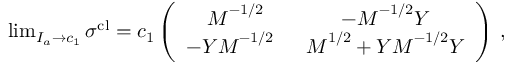
\begin{array} { r } { \operatorname* { l i m } _ { I _ { a } \to c _ { 1 } } \boldsymbol { \sigma } ^ { \mathrm { c l } } = c _ { 1 } \left( \begin{array} { c c } { \boldsymbol { M } ^ { - 1 / 2 } } & { - \boldsymbol { M } ^ { - 1 / 2 } \boldsymbol { Y } } \\ { - \boldsymbol { Y } \boldsymbol { M } ^ { - 1 / 2 } \; \; } & { \boldsymbol { M } ^ { 1 / 2 } + \boldsymbol { Y } \boldsymbol { M } ^ { - 1 / 2 } \boldsymbol { Y } } \end{array} \right) \, , } \end{array}